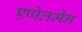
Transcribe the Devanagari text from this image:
एप्पेलमैन